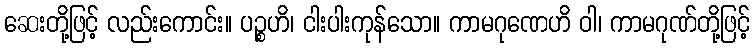
ဆေးတို့ဖြင့် လည်းကောင်း။ ပဉ္စဟိ၊ ငါးပါးကုန်သော။ ကာမဂုဏေဟိ ဝါ၊ ကာမဂုဏ်တို့ဖြင့်